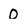
Character: 0